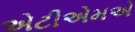
એટીએમએ